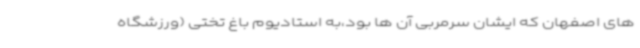
های اصفهان که ایشان سرمربی آن ها بود،به استادیوم باغ تختی (ورزشگاه